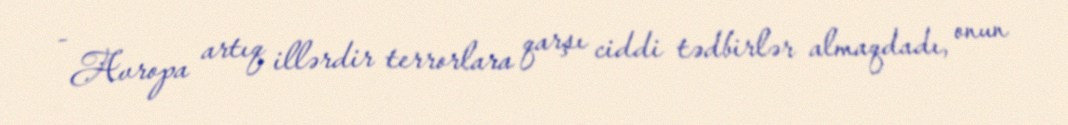
- Avropa artıq illərdir terrorlara qarşı ciddi tədbirlər almaqdadı, onun